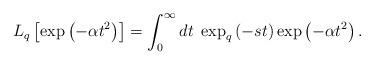
LaTeX: \begin{align*}L_{q}\left[\exp\left(- \alpha t^{2}\right)\right] = \displaystyle \int_{0}^{\infty} dt\; \exp_{q}\left(- s t\right) \exp\left( - \alpha t^{2}\right).\end{align*}